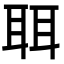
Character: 聑